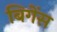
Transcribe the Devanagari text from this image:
बिगेंस